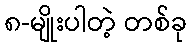
၈-မျိုးပါတဲ့ တစ်ခု